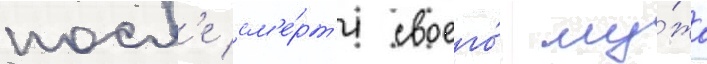
посл'е см'е́рт'и своего́ му́жа